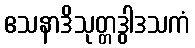
ဧသနာဒိသုတ္တဒွါဒသကံ